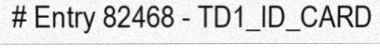
# Entry 82468 - TD1_ID_CARD